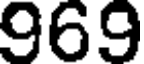
969